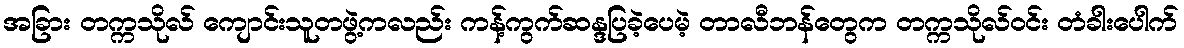
အခြား တက္ကသိုလ် ကျောင်းသူတဖွဲ့ကလည်း ကန့်ကွက်ဆန္ဒပြခဲ့ပေမဲ့ တာလီဘန်တွေက တက္ကသိုလ်ဝင်း တံခါးပေါက်